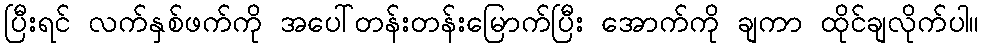
ပြီးရင် လက်နှစ်ဖက်ကို အပေါ်တန်းတန်းမြောက်ပြီး အောက်ကို ချကာ ထိုင်ချလိုက်ပါ။